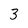
Character: 3